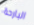
البارحة